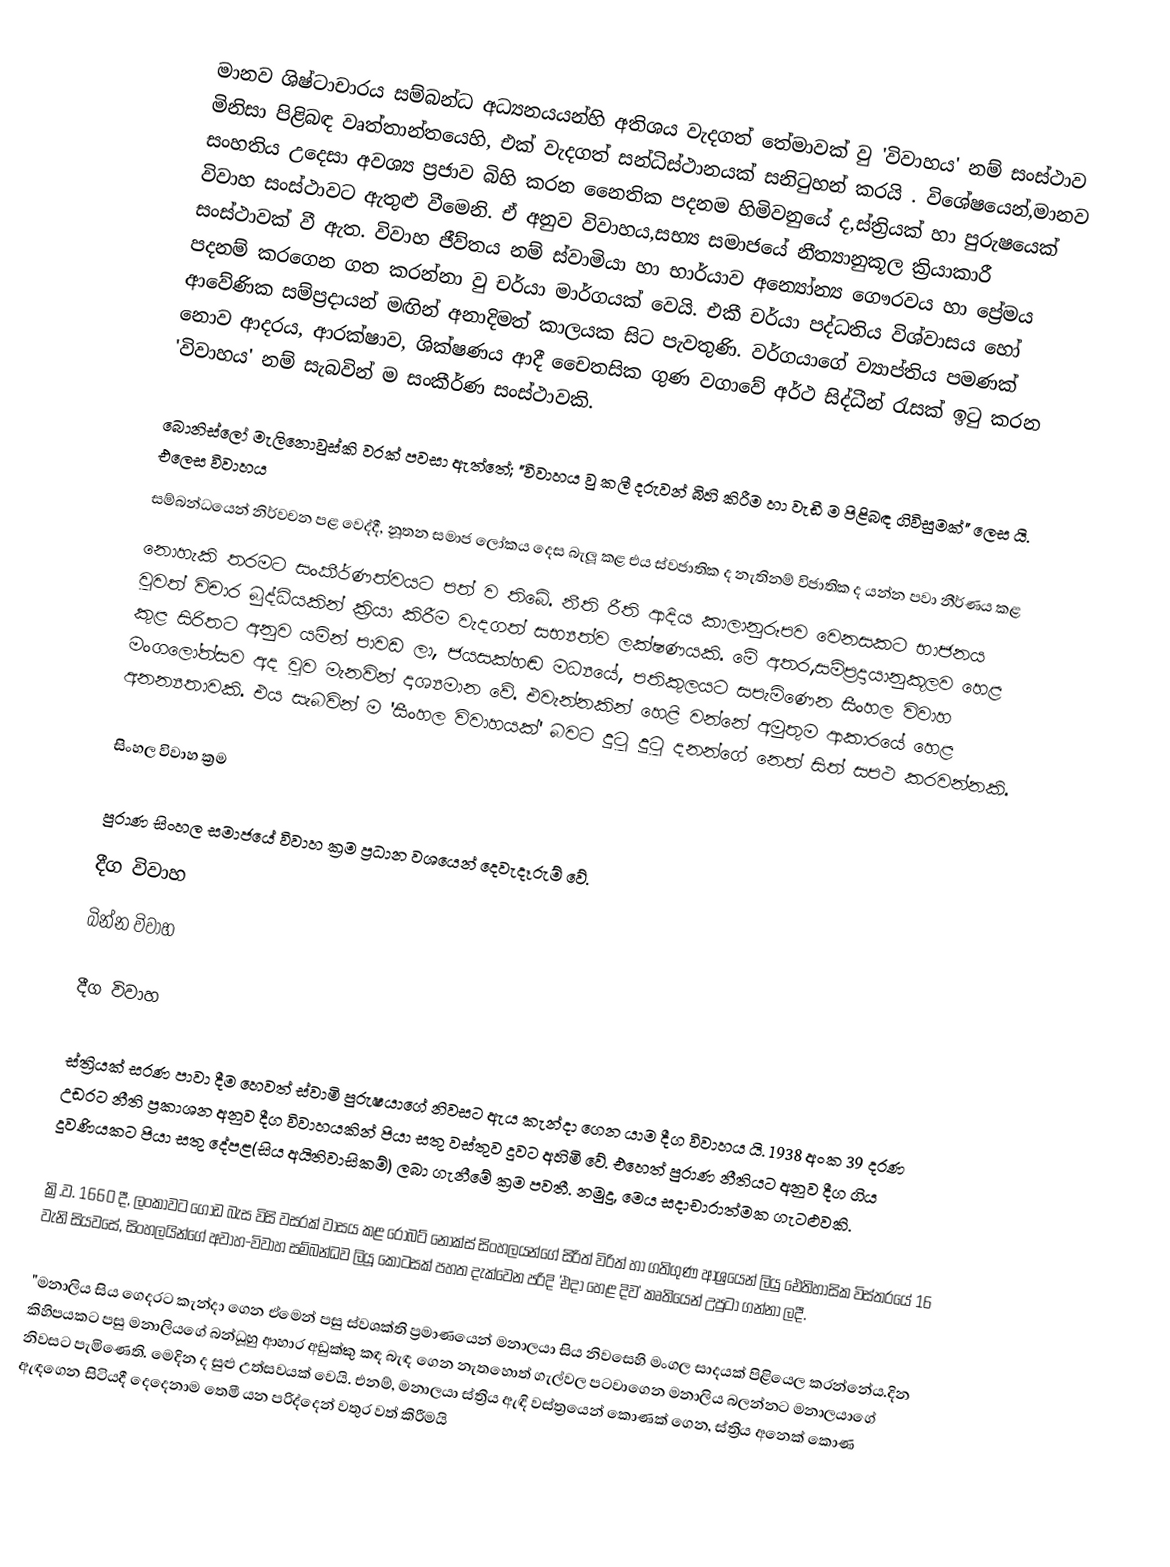
මානව ශිෂ්ටාචාරය සම්බන්ධ අධ්‍යනයයන්හි අතිශය වැදගත් තේමාවක් වු 'විවාහය' නම් සංස්ථාව මිනිසා පිළිබඳ වෘත්තාන්තයෙහි, එක් වැදගත් සන්ධිස්ථානයක් සනිටුහන් කරයි . විශේෂයෙන්,මානව සංහතිය උදෙසා අවශ්‍ය ප්‍රජාව බිහි කරන නෛතික පදනම හිමිවනුයේ ද,ස්ත්‍රියක් හා පුරුෂයෙක් විවාහ සංස්ථාවට ඇතුළු වීමෙනි. ඒ අනුව විවාහය,සභ්‍ය සමාජයේ නීත්‍යානුකූල ක්‍රියාකාරී සංස්ථාවක් වී ඇත. විවාහ ජීව්තය නම් ස්වාමියා හා භාර්යාව අ‍න්‍යෝන්‍ය ‍ගෞරවය හා ‍‍ප්‍රේමය පදනම් කර‍ගෙන ගත කරන්නා වු චර්යා මාර්ගයක් වෙයි. එකී චර්යා පද්ධතිය විශ්වාසය ‍හෝ ආවේණික සම්ප්‍රදායන් මඟින් අනාදිමත් කාලයක සිට පැවතුණි. වර්ගයා‍ගේ ව්‍යාප්තිය පමණක් නොව ආදරය, ආරක්ෂාව, ශික්ෂණය ආදී චෛතසික ගුණ වගාවේ අර්ථ සිද්ධීන් රැසක් ඉටු කරන 'විවාහය' නම් සැබවින් ම සංකීර්ණ සංස්ථාවකි.

බොනිස්ලෝ මැලි‍නොවුස්කි වරක් පවසා ඇත්තේ; "විවාහය වු කලී දරුවන් බිහි කිරීම හා වැඩී ම පිළිබඳ ගිවිසුමක්" ලෙස යි. එලෙස විවාහය
සම්බන්ධයෙන් නිර්වචන පළ වෙද්දී, නූතන සමාජ ලෝකය දෙස බැලූ කළ එය ස්වජාතික ද නැතිනම් විජාතික ද යන්න පවා නීර්ණය කළ
නොහැකි තරමට සංකීර්ණත්වයට පත් ව තිබේ. නීති රීති ආදිය කාලානුරූපව වෙනසකට භාජනය වුවත් විචාර බුද්ධියකින් ක්‍රියා කිරීම වැදගත් සභ්‍යත්ව ලක්ෂණයකි. මේ අතර,සම්ප්‍රදායානුකූලව හෙළ කුළ සිරිතට අනුව යමින් පාවඩ ලා, ජයසක්හඬ මධ්‍යයේ, පතිකුලයට සපැමිණෙන සීංහල විවාහ මංග‍ලෝත්සව අද වුව මැනවින් දෘශ්‍යමාන වේ. එවැන්නකින් හෙළි වන්නේ අමුතුම ආකාරයේ හෙළ අනන්‍යතාවකි. එය සැබවින් ම 'සීංහල විවාහයක්' බවට දුටු දුටු දනන්ගේ නෙත් සිත් සපථ කරවන්නකි.

සිංහල විවාහ ක්‍රම

පුරාණ සිංහල සමාජයේ විවාහ ක්‍රම ප්‍රධාන වශයෙන් දෙවැදෑරුම් වේ.
 දීග  විවාහ
 බින්න විවාහ

දීග  විවාහ

ස්ත්‍රියක් සරණ පාවා දීම හෙවත් ස්වාමි පුරුෂයාගේ නිවසට ඇය කැන්දා ගෙන යාම දීග විවාහය යි. 1938 අංක 39 දරණ උඩරට නීති ප්‍රකාශන අනුව දීග විවාහයකින් පියා සතු වස්තුව දුවට අහිමි වේ. එහෙත් පුරාණ නීතියට අනුව දීග ගිය දූවණියකට පියා සතු දේපළ(සිය අයිතිවාසිකම්) ලබා ගැනීමේ ක්‍රම පවතී. නමුදු, මෙය සදාචාරාත්මක ගැටළුවකි.

ක්‍රි.ව. 1660 දී, ලංකාවට ගොඩ බැස විසි වසරක් වාසය කළ රොබට් නොක්ස් සිංහලයන්ගේ සිරිත් විරිත් හා ගතිගුණ ආශ්‍රයෙන් ලියු ඓතිහාසික විස්තර‍යේ 16 වැනි සියවසේ, සිංහලයින්ගේ අවාහ-විවාහ සම්බන්ධව ලියූ කොටසක් පහත දැක්වෙන පරිදි 'එදා හෙළ දිව' කෘතියෙන් උපුටා ගන්නා ලදී.

"මනාලිය සිය ගෙදරට කැන්දා ගෙන ඒමෙන් පසු ස්‍වශක්ති ප්‍රමාණයෙන් මනාලයා සිය නිවසෙහි මංගල සාදයක් පිළියෙල කරන්නේය.දින කිහිපයකට පසු මනාලියගේ බන්ධූහු ආහාර අඩුක්කු කඳ බැඳ ගෙන නැතහොත් ගැල්වල පටවාගෙන මනාලිය බලන්නට මනාලයාගේ නිවසට පැමිණෙති. මෙදින ද සුළු උත්සවයක් වෙයි. එනම්, මනාලයා ස්ත්‍රිය ඇඳි වස්ත්‍රයෙන් කොණක් ගෙන, ස්ත්‍රිය අනෙක් කොණ ඇඳගෙන සිටියදී දෙදෙනාම තෙමී යන පරිද්දෙන් වතුර වත් කිරීමයි